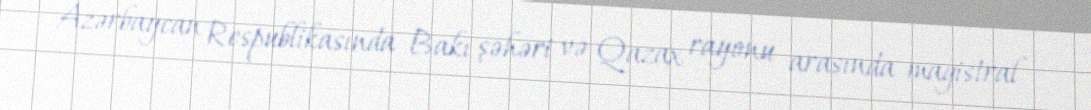
Azərbaycan Respublikasında Bakı şəhəri və Qazax rayonu arasında magistral